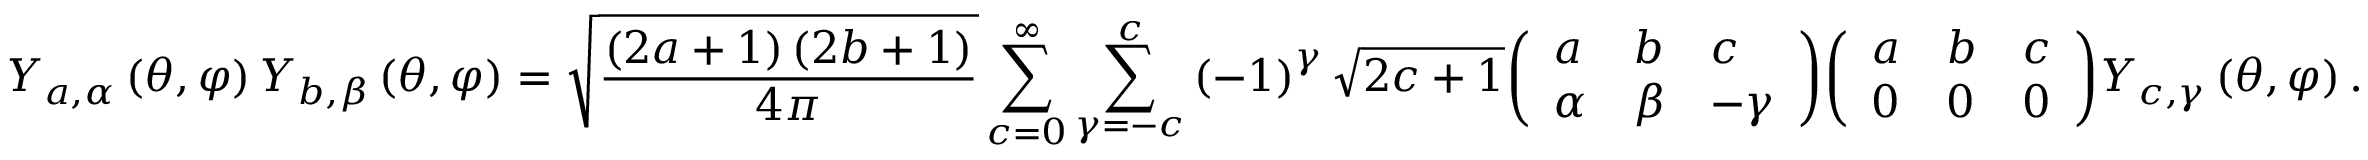
Y _ { a , \alpha } \left( \theta , \varphi \right) Y _ { b , \beta } \left( \theta , \varphi \right) = { \sqrt { \frac { \left( 2 a + 1 \right) \left( 2 b + 1 \right) } { 4 \pi } } } \sum _ { c = 0 } ^ { \infty } \sum _ { \gamma = - c } ^ { c } \left( - 1 \right) ^ { \gamma } { \sqrt { 2 c + 1 } } { \left( \begin{array} { l l l } { a } & { b } & { c } \\ { \alpha } & { \beta } & { - \gamma } \end{array} \right) } { \left( \begin{array} { l l l } { a } & { b } & { c } \\ { 0 } & { 0 } & { 0 } \end{array} \right) } Y _ { c , \gamma } \left( \theta , \varphi \right) .